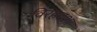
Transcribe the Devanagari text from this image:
विरहदशा